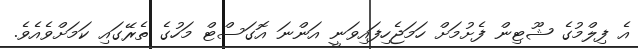
އެ ފިލްމުގެ ޝޫޓިން ފެށުމަށް ހަމަޖެހިފައިވަނީ އަންނަ އޮގަސްޓް މަހުގެ ތެރޭގައި ކަމަށްވެއެވެ.